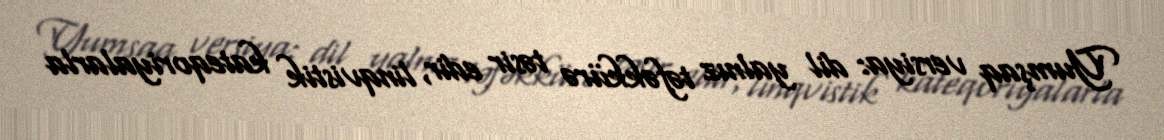
Yumşaq versiya: dil yalnız təfəkkürə təsir edir, linqvistik kateqoriyalarla